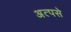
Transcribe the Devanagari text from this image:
अत्पसे